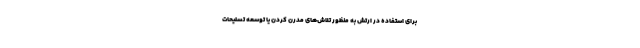
برای استفاده در ارتش به منظور تلاش‌های مدرن کردن یا توسعه تسلیحات